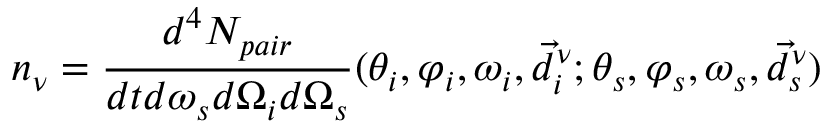
n _ { \nu } = \frac { d ^ { 4 } N _ { p a i r } } { d t d \omega _ { s } d \Omega _ { i } d \Omega _ { s } } ( \theta _ { i } , \varphi _ { i } , \omega _ { i } , \vec { d } _ { i } ^ { \nu } ; \theta _ { s } , \varphi _ { s } , \omega _ { s } , \vec { d } _ { s } ^ { \nu } )